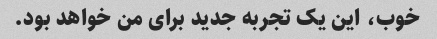
خوب، این یک تجربه جدید برای من خواهد بود.